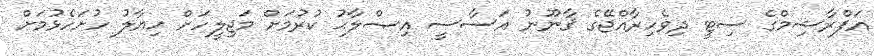
އަފްރާޝިމްގެ ސިޓީ ދިވެހިރާއްޖޭގެ ޤާނޫނު އަސާސީ އިޞްލާޙު ކުރުމަށް މަޖިލީހަށް ޚިޔާލު ހުށަހެޅުމަށް